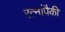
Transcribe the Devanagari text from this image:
रत्नांपैकी